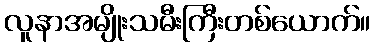
လူနာအမျိုးသမီးကြီးတစ်ယောက်။